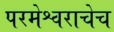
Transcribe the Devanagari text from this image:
परमेश्वराचेच